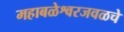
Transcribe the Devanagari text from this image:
महाबळेश्वरजवळचे